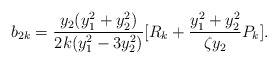
\begin{align*}b_{2k}=\frac{y_{2}(y_{1}^{2}+y_{2}^{2})}{2k(y_{1}^{2}-3y_{2}^{2})}[R_{k} +\frac{y_{1}^{2}+y_{2}^{2}}{\zeta y_{2}}P_{k}].\end{align*}